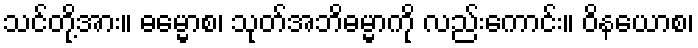
သင်တို့အား။ ဓမ္မောစ၊ သုတ်အဘိဓမ္မာကို လည်းကောင်း။ ဝိနယောစ၊